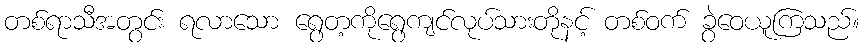
တစ်ရာသီအတွင်း ရလာသော ရွေတ့ကိုရွေကျင်လုပ်သားတိုနင့် တစ်ဝက် ခွဲဝေယူကြသည်။